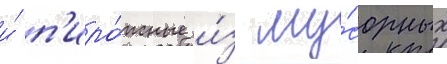
и́ п'иро́жные и́з му́сорных